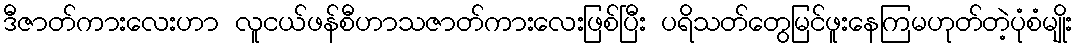
ဒီဇာတ်ကားလေးဟာ လူငယ်ဖန်စီဟာသဇာတ်ကားလေးဖြစ်ပြီး ပရိသတ်တွေမြင်ဖူးနေကြမဟုတ်တဲ့ပုံစံမျိုး